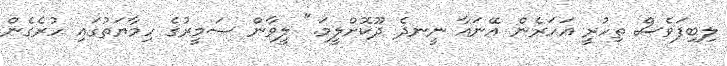
ލިބިފަވެސް ތިހުރީ އަހަރެން އޭނައާ ނީނދެ ދޫކޮށްލީމަ." ލީވާން ސަމީރުގެ ހިމާޔަތުގައި ހުރެގެން